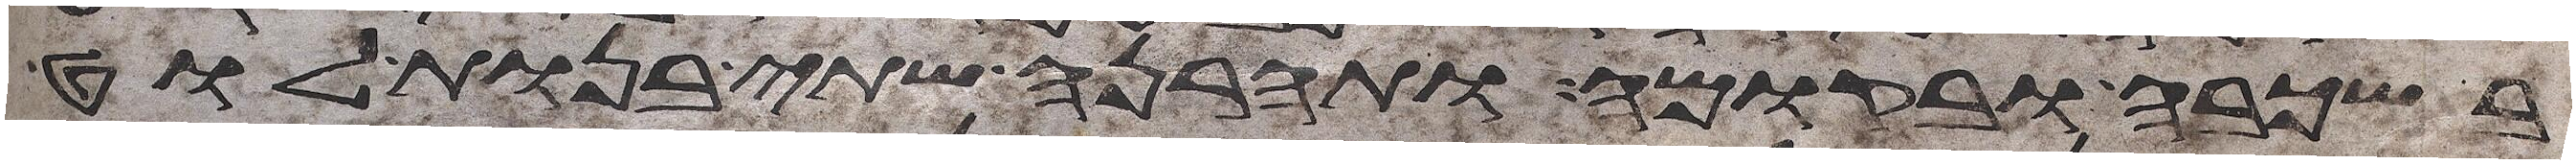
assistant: בשכבה ובקומה ותהרנה שתי בנות לוט